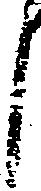
し